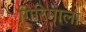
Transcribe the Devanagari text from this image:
गिरिमाला